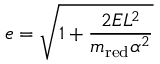
e = { \sqrt { 1 + { \frac { 2 E L ^ { 2 } } { m _ { \mathrm { r e d } } \alpha ^ { 2 } } } } }